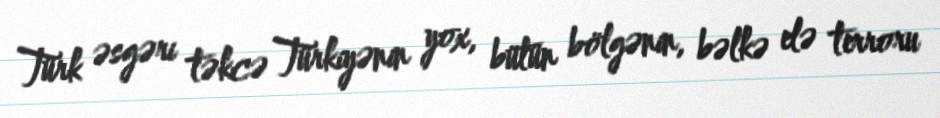
Türk əsgəri təkcə Türkiyənin yox, bütün bölgənin, bəlkə elə terroru